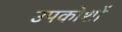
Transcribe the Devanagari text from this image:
उपकोशों